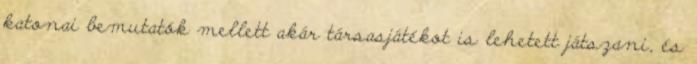
katonai bemutatók mellett akár társasjátékot is lehetett játszani, és